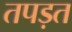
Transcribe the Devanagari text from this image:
तपड़त